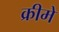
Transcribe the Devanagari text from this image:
क्रीमें